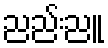
ညည်းညူ